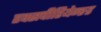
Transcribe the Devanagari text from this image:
एक्सपीरियेन्स्ड